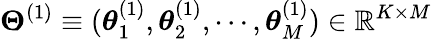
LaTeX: {\boldsymbol\Theta}^{(1)}\equiv({\boldsymbol\theta}_{1}^{(1)},{\boldsymbol\theta}_{2}^{(1)},\cdots,{\boldsymbol\theta}_{M}^{(1)})\in\mathbb{R}^{K\times M}